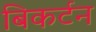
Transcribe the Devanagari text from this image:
बिकर्टन